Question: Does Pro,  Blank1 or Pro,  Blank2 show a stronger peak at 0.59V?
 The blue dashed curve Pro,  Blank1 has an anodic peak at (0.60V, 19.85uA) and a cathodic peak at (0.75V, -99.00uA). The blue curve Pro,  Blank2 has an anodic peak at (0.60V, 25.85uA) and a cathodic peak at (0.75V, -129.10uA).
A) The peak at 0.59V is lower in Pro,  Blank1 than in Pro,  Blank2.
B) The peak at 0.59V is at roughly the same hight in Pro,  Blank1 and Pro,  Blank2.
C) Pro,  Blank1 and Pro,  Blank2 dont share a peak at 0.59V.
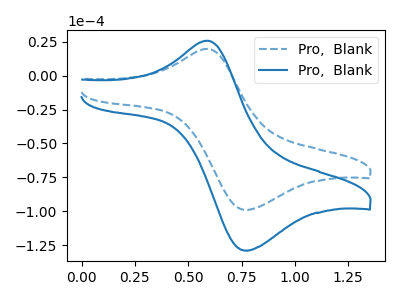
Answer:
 <answer>A) The peak at 0.59V is lower in "Pro,  Blank1" than in "Pro,  Blank2".</answer>
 <eval>A</eval>